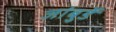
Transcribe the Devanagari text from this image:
जांबुर्डे